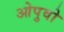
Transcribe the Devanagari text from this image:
ओपुवो